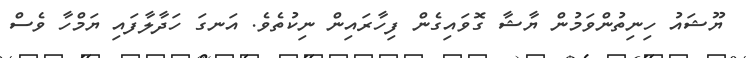
ޔޫޝައު ހިނިތުންވަމުން ޔާޝާ ގޮވައިގެން ފިހާރައިން ނިކުތެވެ. އަނގަ ހަދާލާފައި ޔަމްހާ ވެސް